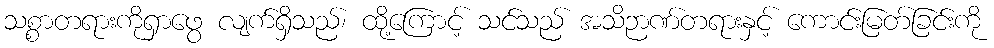
သစ္စာတရားကိုရှာဖွေ လျက်ရှိသည်၊ ထို့ကြောင့် သင်သည် အသိဉာဏ်တရားနှင့် ကောင်းမြတ်ခြင်းကို